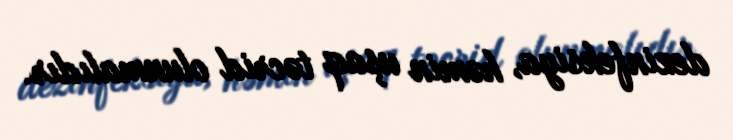
dezinfeksiya, həmin uşaq təcrid olunmalıdır.